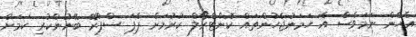
އެހެން ނަމަވެސް އެ ހަމަނުޖެހުންތައް ކޮންޓްރޯލް ކުރުމަށް ޕެޕަ ސްޕްރޭ ބޭނުންކުރި ކަމަށް